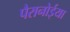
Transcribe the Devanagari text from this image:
पैरानोईया